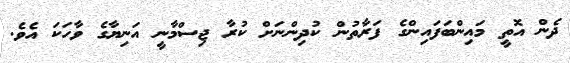
ދެން އޮތީ މައިންބަފައިންގެ ފަރާތުން ކުދިންނަށް ކުރާ ޖިސްމާނީ އަނިޔާގެ ވާހަކަ އެވެ.